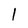
Character: 1